Report on vaccination in the Province of Bengal - 1869-1873
Year: 1869
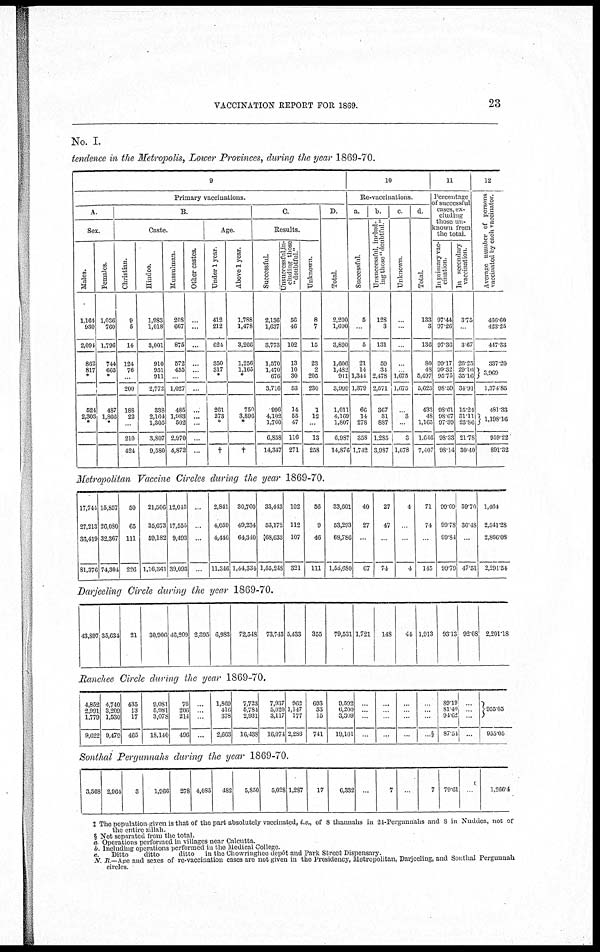
VACCINATION REPORT FOR 1869.
23
No. I.
tendence in the Metropolis, Lower Provinces, during the year 1869-70.
9
Primary vaccinations.
A
Sex.
Males.
1,164
930
2,094
862
817
*
...
524
2,303
*
Females.
1,036
760
1,796
744
665
*
...
487
1,866
*
B.
Caste.
Christian.
9
5
14
124
76
*
200
188
22
*
210
424
Hindoo.
1,983
1,018
3,001
910
951
911
2,772
338
2,164
1,305
3,807
9,580
Mussulman.
208
667
875
572
455
...
1,027
485
1,983
502
2,970
4,872
Other castes.
...
...
...
...
...
...
...
...
...
...
...
...
Age.
Under 1 year.
412
212
624
350
317
*
...
261
273
*
...
†
Above 1 year.
1,788
1,478
3,266
1,256
1,165
*
...
750
3,896
*
...
†
C.
Results.
Successful.
2,136
1,637
3,773
1,570
1,470
676
3,716
996
4,102
1,760
6,858
14,347
unsuccessful,in¬
cluding those
"doubtful"
56
46
102
13
10
30
53
14
55
47
116
271
Unknown.
8
7
15
23
2
205
230
1
12
...
13
258
D.
Total.
2,200
1,690
3,890
1,606
1,482
911
3,999
1,011
4,169
1,807
6,987
14,876
10
Re-vaccinations.
a.
Successful
5
...
5
21
14
1,344
1,379
66
14
278
358
1,742
b.
Unsuccessful, includ-
ing those "doubtful"
128
3
131
59
34
2,478
2,571
367
31
887
1,285
3,987
c.
Unknown.
...
...
...
...
... 1,675
1,675
3
3
1,678
d.
Total.
133
3
136
80
48
5,497
5,625
433
48
1,165
1,616
7,407
11
Percentage
of successful
cases, ex-
cluding
those un¬
known from
the total
In primary vac-
cination
97.44
97.26
97.36
99.17
99.32
95.75
98.59
98.61
98.67
97.39
98.33
98.14
In secondary
vaccination
3.73
...
3.67
26.25
29.16
35.16
34.91
15.24
31.11
23.86
21.78
30.40
12
Average number of persons
vaccinated by each vaccinator.
466.60
423.25
447.33
337.20
3,969
1,374.85
481.33
1,198.16
959.22
891.32
Metropolitan Vaccine Circles during the year 1869-70.
17,741
27,213
36,419
81,376
15,857
26,080
32,367
74,304
50
65
111
226
21,506
35,673
59,182
1,16,361
12,015
17,555
9,493
39,093
...
...
...
...
2,841
4,059
4,446
11,346
30,760
49,234
64,340
1,44,334
33,443
53,172
68,633
1,55,248
102
112
107
321
56
9
46
111
33,601
53,293
68,786
l,55,680
40
27
...
67
27
47
...
71
4
...
...
4
71
74
...
145
99.69
99.78
90.84
99.79
59.70
36.48
...
47.51
1,464
2,541.28
2,866.08
2,291.54
Darjeeling Circle during the year 1869-70.
43,897 35,634
21
30,906 46,209 2,395 6,983 72,548
73,743 5,433
355
79,531 1,721
148
44 1,913 93.13 92.08 2,201.18
Ranchee Circle during the year 1869-70.
4,852
2,991
1,779
9,622
4,740
3,209
1,530
9,479
435
13
17
465
9,081
5,981
3,078
18,140
76
206
214
496
...
...
...
...
1,869
416
378
2,663
7,723
5,784
2,931
16,438
7,937
5,020
3,117
16,074
962
1,147
177
2,286
693
33
15
741
9,592
6,200
3,309
19,101
...
...
...
...
...
...
...
...
...
...
...
...
...
...
...
§
89.19
81.40
94.62
87.54
...
...
...
...
955.05
955.05
Sonthal Pergunnahs during the year 1869-70.
3,368 2,964
3
1,966
278 4,085
182
5,850
5,028 1,287
17
6,332 ...
7
...
7 79.61 ...
1,266.4
‡ The population given is that of the part absolutely vaccinated, i.e., of 8 thannahs in 24-Pergunnahs and 8 in Nuddea, not of
the entire zillah.
§ Not separated from the total.
a. Operations performed in villages near Calcutta.
b. Including operations performed in the Medical College.
c. Ditto
ditto
ditto in the Chowringhee depôt and Park Street Dispensary.
N. B.—Age and sexes of re-vaccination cases are not given in the Presidency, Metropolitan, Darjeeling, and Sonthal Pergunnah
circles.